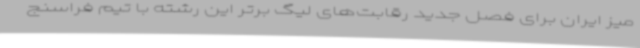
میز ایران برای فصل جدید رقابت‌های لیگ برتر این رشته با تیم فراسنج